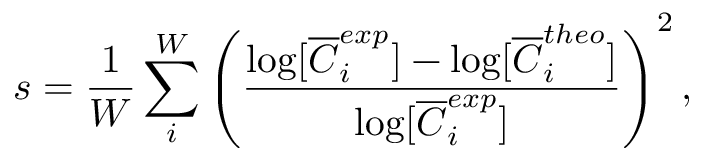
s = \frac { 1 } { W } \sum _ { i } ^ { W } \left( \frac { \log [ \overline { { C } } _ { i } ^ { e x p } ] - \log [ \overline { { C } } _ { i } ^ { t h e o } ] } { \log [ \overline { { C } } _ { i } ^ { e x p } ] } \right) ^ { 2 } ,